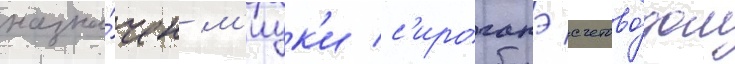
назна́чен м'иук'и с'ироганэ счетово́дом